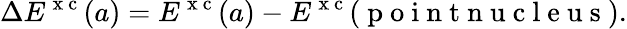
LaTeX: \Delta E^{\mathrm{~x~c~}}(a)=E^{\mathrm{~x~c~}}(a)-E^{\mathrm{~x~c~}}(\mathrm{~p~o~i~n~t~n~u~c~l~e~u~s~}).